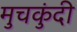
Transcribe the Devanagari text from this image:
मुचकुंदी